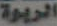
الربوة